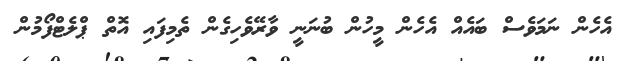
އެހެން ނަމަވެސް ބައެއް އެހެން މީހުން ބުނަނީ ވާރޭވެހިގެން ތެމިފައި އޮތް ޕްލެޓްފޯމުން